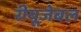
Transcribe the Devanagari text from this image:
रीयूजेबल